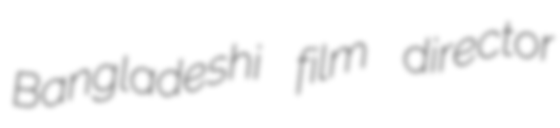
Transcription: Bangladeshi film director